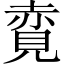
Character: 𧹦